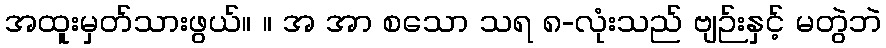
အထူးမှတ်သားဖွယ်။ ။ အ အာ စသော သရ ၈-လုံးသည် ဗျဉ်းနှင့် မတွဲဘဲ